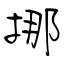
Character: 挪